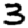
Digit: 3